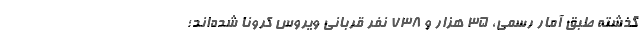
گذشته طبق آمار رسمی، 35 هزار و 738 نفر قربانی ویروس کرونا شده‌اند؛